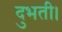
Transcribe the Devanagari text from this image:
दुभती।